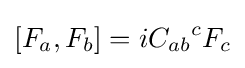
[F_{a},F_{b}]=i{C_{ab}}^{c}F_{c}